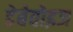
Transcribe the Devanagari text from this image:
डेबेवोइज